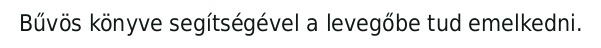
Bűvös könyve segítségével a levegőbe tud emelkedni.